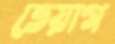
তেয়াগ